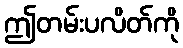
ဤတမ်းပလိတ်ကို